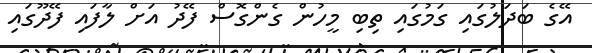
އޭގެ ބަދަލުގައި ގަމުގައި ތިބި މީހުން ގެންގޮސް ފޭދު އަށް ލާފައި ފޭދޫގައި